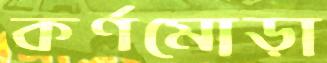
কর্ণমোড়া